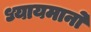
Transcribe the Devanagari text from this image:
ध्यायमानो